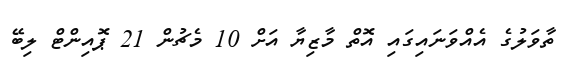
ތާވަލުގެ އެއްވަނައިގައި އޮތް މާޒިޔާ އަށް 10 މެޗުން 21 ޕޮއިންޓް ލިބޭ